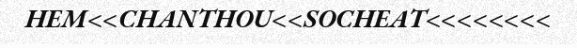
HEM<<CHANTHOU<<SOCHEAT<<<<<<<<